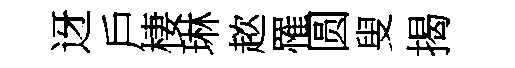
迓戶棲琳趑罹圆叟揭